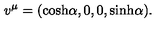
v ^ { \mu } = ( { \cosh } \alpha , 0 , 0 , { \sinh } \alpha ) .